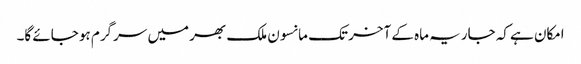
امکان ہے کہ جاریہ ماہ کے آخر تک مانسون ملک بھر میں سرگرم ہو جائے گا۔